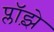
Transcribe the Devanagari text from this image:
प्लॉझ़े